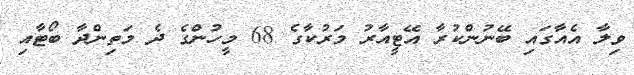
ވިލާ އެއާގައި ބޭނުންކުރާ އޭޓީއާރު މަރުކާގެ 68 މީހުންގެ ދެ މަތިންދާ ބޯޓާއި